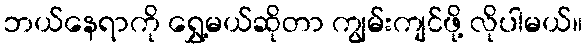
ဘယ်နေရာကို ရွှေ့မယ်ဆိုတာ ကျွမ်းကျင်ဖို့ လိုပါမယ်။